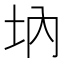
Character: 㘨